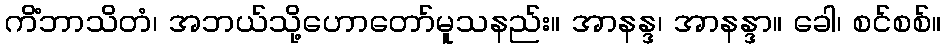
ကိံဘာသိတံ၊ အဘယ်သို့ဟောတော်မူသနည်း။ အာနန္ဒ၊ အာနန္ဒာ။ ခေါ၊ စင်စစ်။